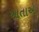
આતાએ